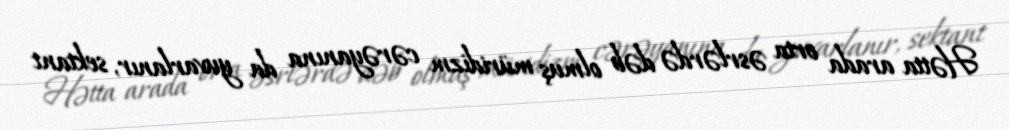
Hətta arada orta əsrlərdə dəb olmuş müridizm cərəyanına da yuvarlanır, sektant